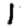
Digit: 1